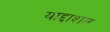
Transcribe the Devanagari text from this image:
याद्दाशत